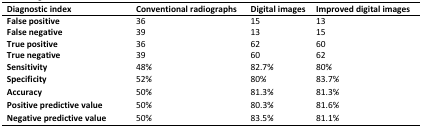
<table><thead><tr><td><b>Diagnostic index</b></td><td><b>Conventional radiographs</b></td><td><b>Digital images</b></td><td><b>Improved digital images</b></td></tr></thead><tbody><tr><td><b>False positive</b></td><td>36</td><td>15</td><td>13</td></tr><tr><td><b>False negative</b></td><td>39</td><td>13</td><td>15</td></tr><tr><td><b>True positive</b></td><td>36</td><td>62</td><td>60</td></tr><tr><td><b>True negative</b></td><td>39</td><td>60</td><td>62</td></tr><tr><td><b>Sensitivity</b></td><td>48%</td><td>82.7%</td><td>80%</td></tr><tr><td><b>Specificity</b></td><td>52%</td><td>80%</td><td>83.7%</td></tr><tr><td><b>Accuracy</b></td><td>50%</td><td>81.3%</td><td>81.3%</td></tr><tr><td><b>Positive predictive value</b></td><td>50%</td><td>80.3%</td><td>81.6%</td></tr><tr><td><b>Negative predictive value</b></td><td>50%</td><td>83.5%</td><td>81.1%</td></tr></tbody></table>